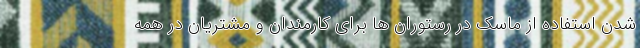
شدن استفاده از ماسک در رستوران ها برای کارمندان و مشتریان در همه